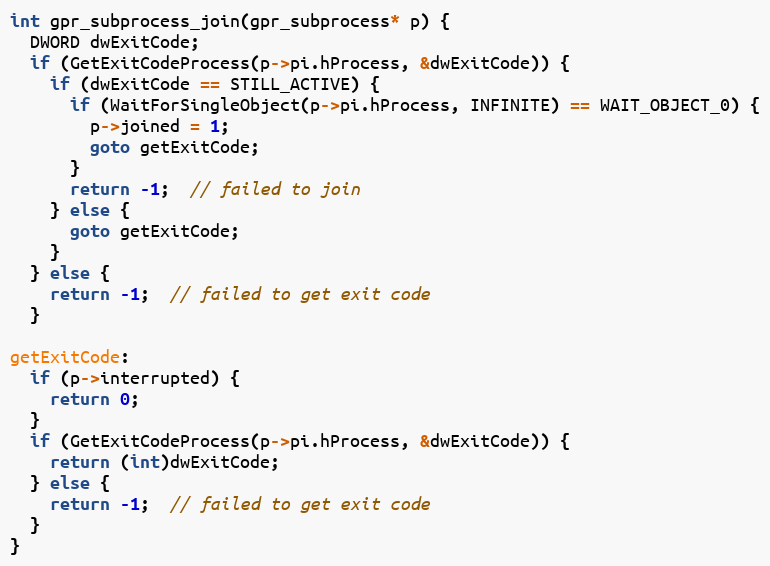
Language: C++
int gpr_subprocess_join(gpr_subprocess* p) {
  DWORD dwExitCode;
  if (GetExitCodeProcess(p->pi.hProcess, &dwExitCode)) {
    if (dwExitCode == STILL_ACTIVE) {
      if (WaitForSingleObject(p->pi.hProcess, INFINITE) == WAIT_OBJECT_0) {
        p->joined = 1;
        goto getExitCode;
      }
      return -1;  // failed to join
    } else {
      goto getExitCode;
    }
  } else {
    return -1;  // failed to get exit code
  }

getExitCode:
  if (p->interrupted) {
    return 0;
  }
  if (GetExitCodeProcess(p->pi.hProcess, &dwExitCode)) {
    return (int)dwExitCode;
  } else {
    return -1;  // failed to get exit code
  }
}